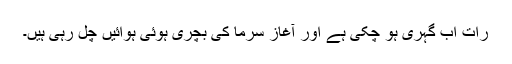
رات اب گہری ہو چکی ہے اور آغازِ سرما کی بچری ہوئی ہوائیں چل رہی ہیں۔